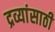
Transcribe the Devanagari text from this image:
द्रव्यांसाठी